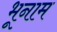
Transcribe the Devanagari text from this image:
भूनाम